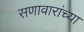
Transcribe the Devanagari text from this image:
सणावारांच्या